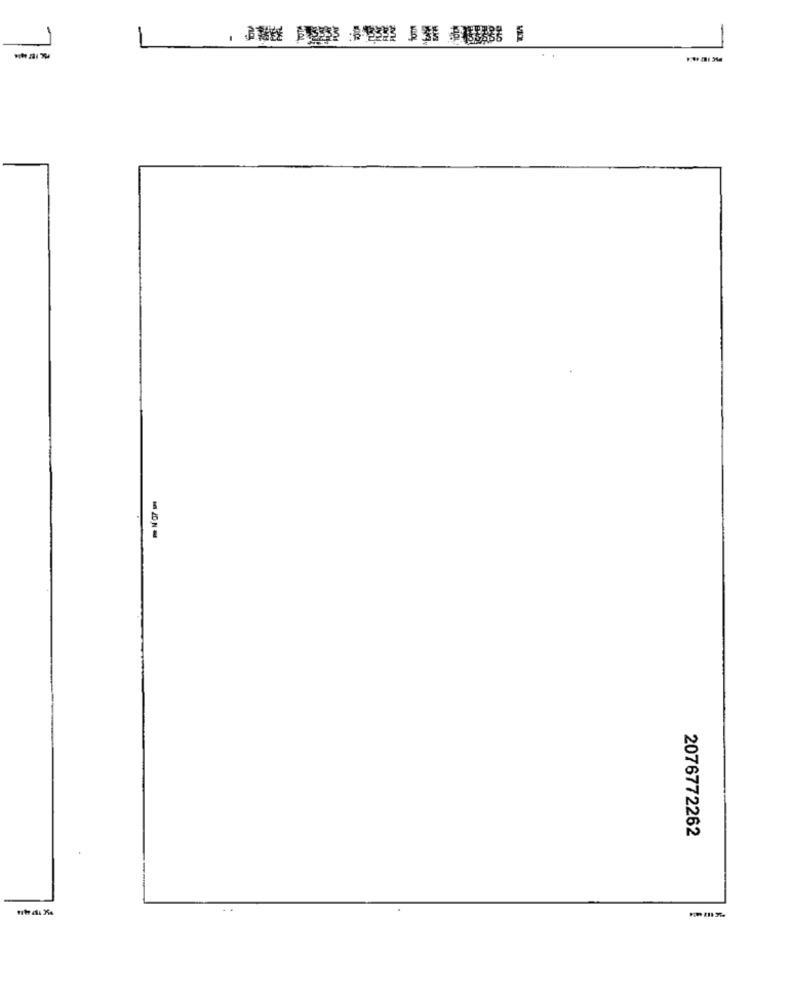
1
2076772262